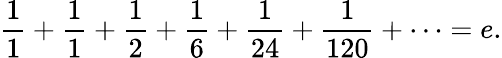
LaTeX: {\frac{1}{1}}+{\frac{1}{1}}+{\frac{1}{2}}+{\frac{1}{6}}+{\frac{1}{24}}+{\frac{1}{120}}+\cdots=e.